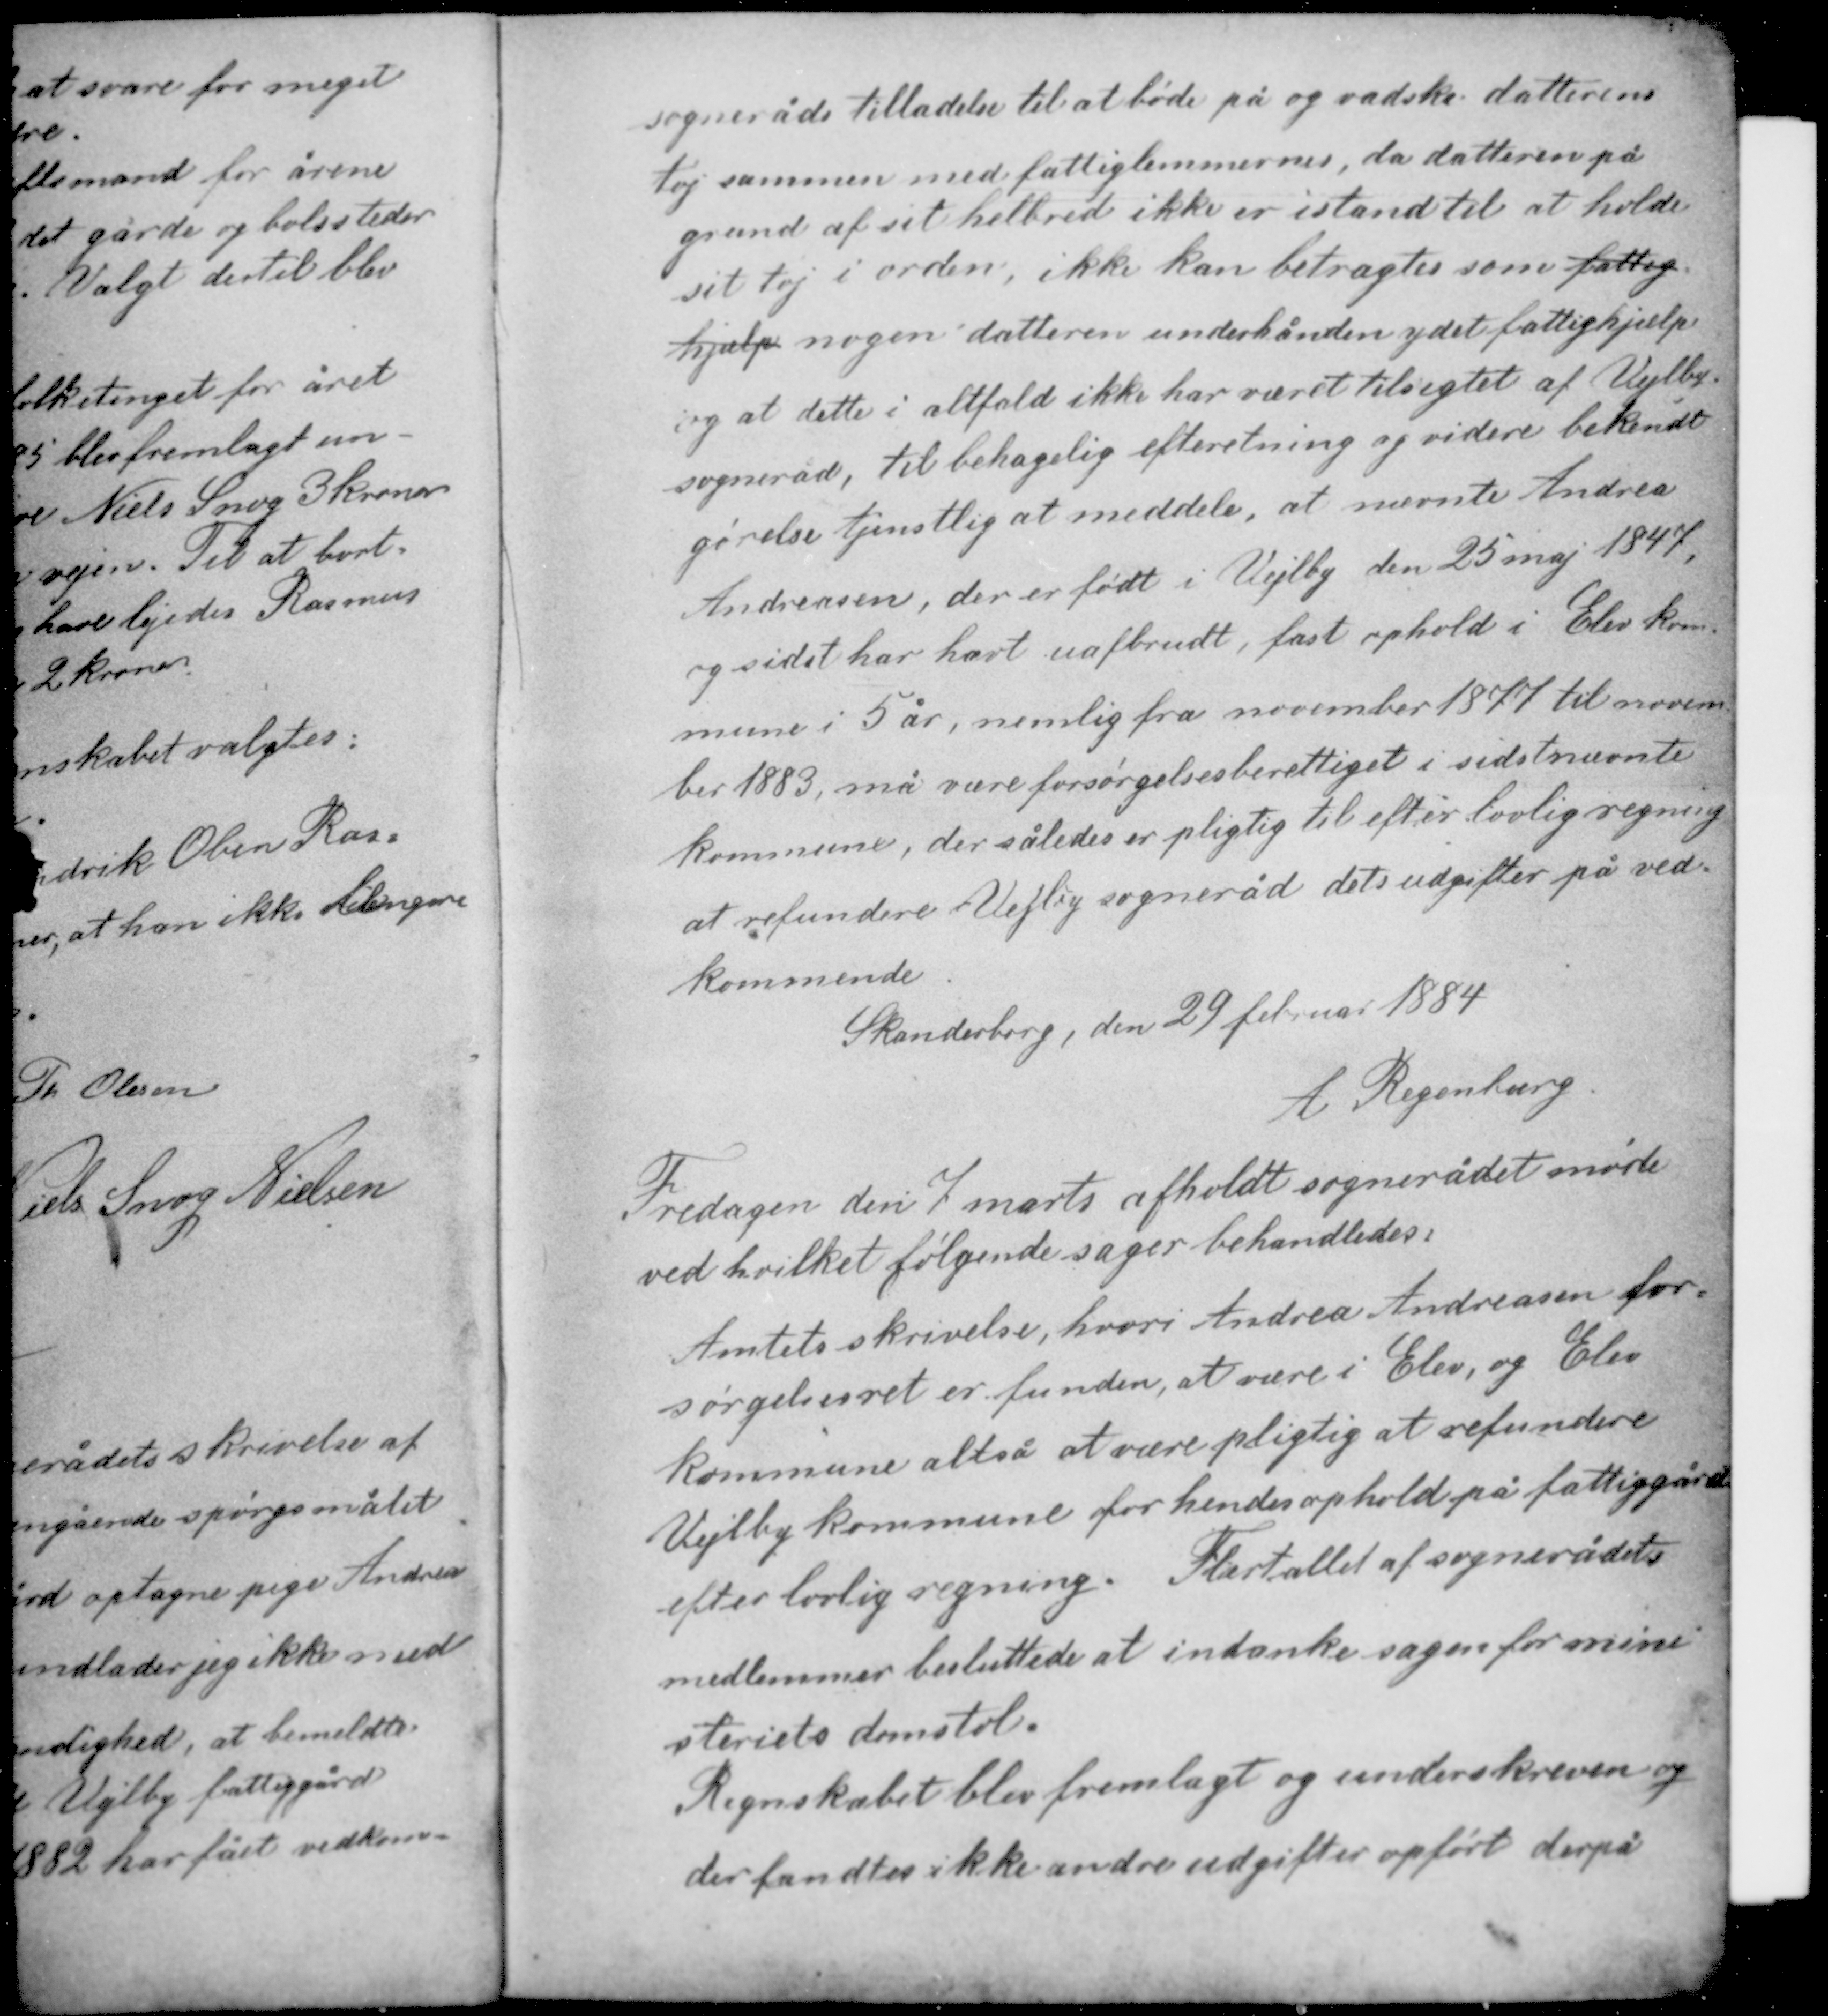
Transskription:
sogneråds tilladelse til at bøde på og vadske datterens
tøj sammen med fattiglemmerne, da datteren på
grund af sit helbred ikke er istand til at holde
sit tøj i orden, ikke kan betragtes som fattig-
hjælp nogen datteren underhånden ydet fattighjælp
og at dette i altfald ikke har været tilsigtet af Vejlby
sogneråd, til behagelig efterretning og videre bekendt-
gørelse tjenstlig at meddele, at nævnte Andrea
Andreasen, der er født i Vejlby den 25 maj 1847
og sidst har havt uafbrudt, fast ophold i Elev kom-

mune i 5 år, nemlig fra november 1877 til novem-
ber 1883 må være forsørgelsesberettiget i sidstnævnte
kommune, der således er pligtig til efter lovlig regning
at refundere Vejlby sogneråd dets udgifter på ved-
kommende.

Skanderborg, den 29 februar 1884
A Regenburg

Fredagen den 7 marts afholdt sognerådet møde
ved hvilket følgende sager behandledes:
Amtets skrivelse, hvori Andrea Andreasen for-
sørgelsesret er funden, at være i Elev, og Elev
kommune altså at være pligtig at refundere
Vejlby kommune for hendes ophold på fattiggård
efter lovlig regning. Flertallet af sognerådets

medlemmer besluttede at indanke sagen for mini-
steriets domstol.
Regnskabet blev fremlagt og underskreven og
der fandtes ikke andre udgifter opført derpå